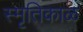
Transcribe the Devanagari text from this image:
स्मृतिकाळ